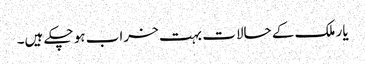
یار ملک کے حالات بہت خراب ہو چکے ہیں۔